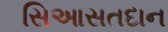
સિઆસતદાન